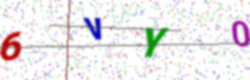
Text: 6VY0